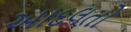
આદલતો